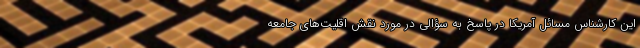
این کارشناس مسائل آمریکا در پاسخ به سؤالی در مورد نقش اقلیت‌های جامعه